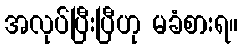
အလုပ်ပြီးပြီဟု မခံစားရ။